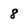
Character: 8